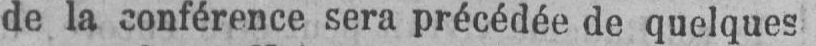
de la conférence sera précédée de quelques